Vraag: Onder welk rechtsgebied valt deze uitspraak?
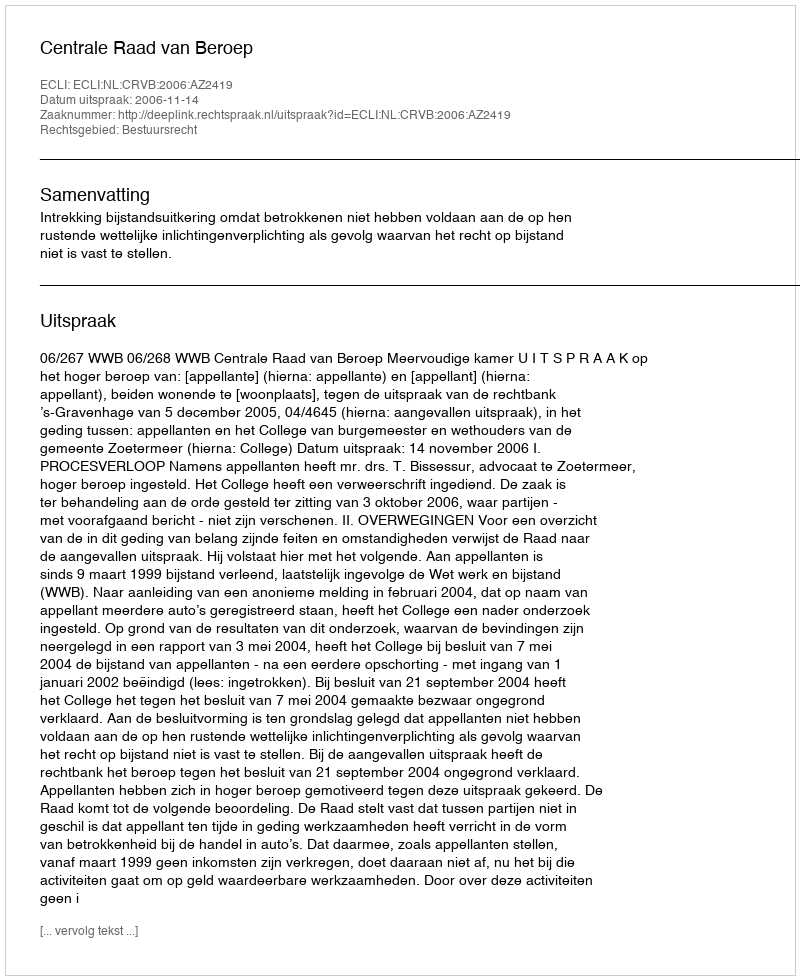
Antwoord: Bestuursrecht